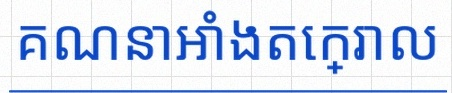
គណនាអាំងតេក្រាល